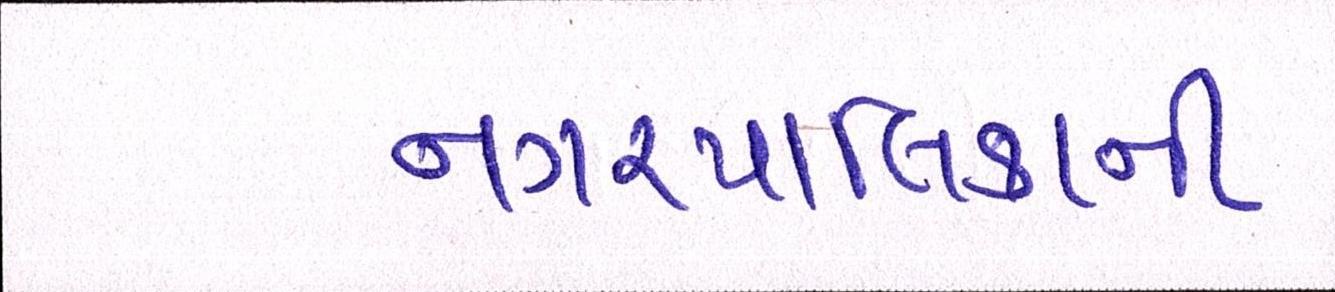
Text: નગરપાલિકાની